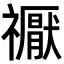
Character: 𥜒